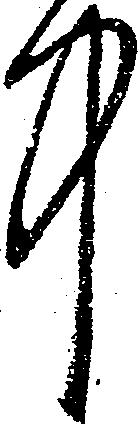
中